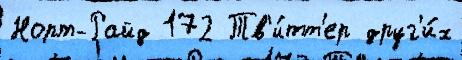
Норт-Райд 172 Тв'и́тт'ер друг'и́х